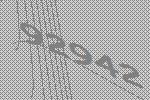
92942